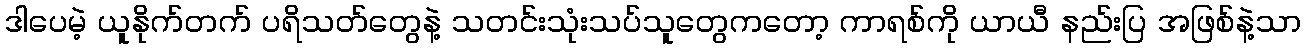
ဒါပေမဲ့ ယူနိုက်တက် ပရိသတ်တွေနဲ့ သတင်းသုံးသပ်သူတွေကတော့ ကာရစ်ကို ယာယီ နည်းပြ အဖြစ်နဲ့သာ